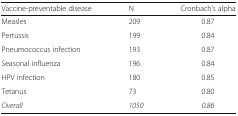
<table><thead><tr><td><b>Vaccine-preventable disease</b></td><td><b>N</b></td><td><b>Cronbach’s alpha</b></td></tr></thead><tbody><tr><td>Measles</td><td>209</td><td>0.87</td></tr><tr><td>Pertussis</td><td>199</td><td>0.84</td></tr><tr><td>Pneumococcus infection</td><td>193</td><td>0.87</td></tr><tr><td>Seasonal influenza</td><td>196</td><td>0.84</td></tr><tr><td>HPV infection</td><td>180</td><td>0.85</td></tr><tr><td>Tetanus</td><td>73</td><td>0.80</td></tr><tr><td><i>Overall</i></td><td><i>1050</i></td><td><i>0.86</i></td></tr></tbody></table>